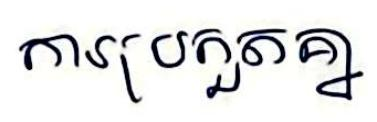
ការប្រកួតគ្នា